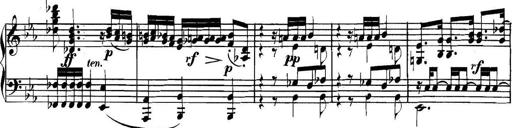
Title: Collected Piano Sonatas
Composer: Muzio Clementi